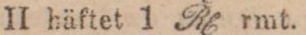
II häftet 1 Rh rmt.